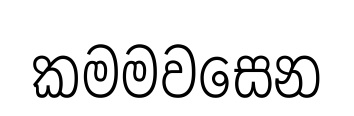
කමමවසෙන